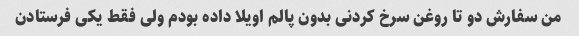
من سفارش دو تا روغن سرخ کردنی بدون پالم اویلا داده بودم ولی فقط یکی فرستادن